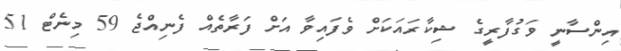
އިންސާނީ ވަގުފާރީގެ ޝިކާރައަކަށް ވެފައިވާ އަށް ފަރާތެއް ފެނިއްޖެ 59 މިނެޓް 51